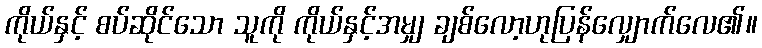
ကိုယ်နှင့် စပ်ဆိုင်သော သူကို ကိုယ်နှင့်အမျှ ချစ်လော့ဟုပြန်လျှောက်လေ၏။